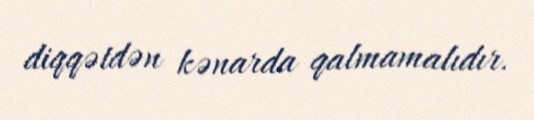
diqqətdən kənarda qalmamalıdır.